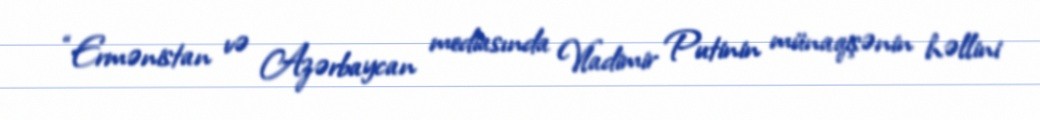
“Ermənistan və Azərbaycan mediasında Vladimir Putinin münaqişənin həllini